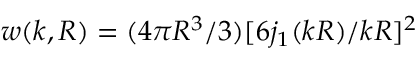
w ( k , R ) = ( 4 \pi R ^ { 3 } / 3 ) [ 6 j _ { 1 } ( k R ) / k R ] ^ { 2 }